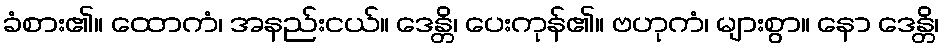
ခံစား၏။ ထောကံ၊ အနည်းငယ်။ ဒေန္တိ၊ ပေးကုန်၏။ ဗဟုကံ၊ များစွာ။ နော ဒေန္တိ၊